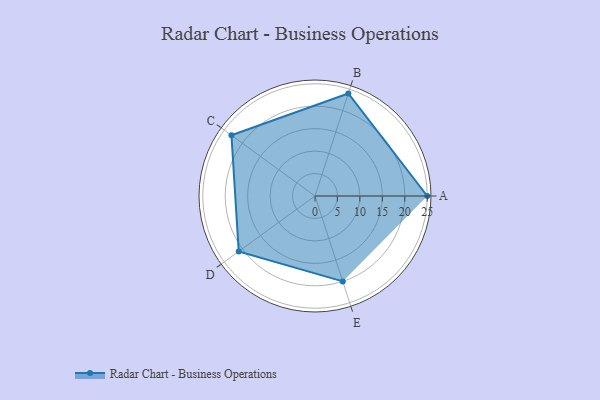
{"axis": {"x": "Skill", "y": "Score"}, "legend": ["Profile"], "data": [{"x": "A", "y": 25.0, "type": "Profile"}, {"x": "B", "y": 24.0, "type": "Profile"}, {"x": "C", "y": 23.0, "type": "Profile"}, {"x": "D", "y": 21.0, "type": "Profile"}, {"x": "E", "y": 20, "type": "Profile"}]}